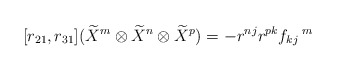
\begin{align*}[r_{21},r_{31}](\widetilde{X}^{m}\otimes \widetilde{X}^{n}\otimes \widetilde{X}^{p})=-r^{nj}r^{pk}f_{kj}\,^{m}\end{align*}